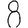
Digit: 8